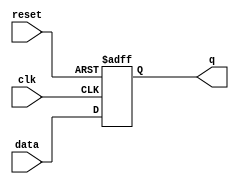
module dff_async_reset (
data  , // Data Input
clk    , // Clock Input
reset , // Reset input 
q         // Q output
);
//-----------Input Ports---------------
input data, clk, reset ; 

//-----------Output Ports---------------
output q;

//------------Internal Variables--------
reg q;

//-------------Code Starts Here---------
always @ ( posedge clk or negedge reset)
if (~reset) begin
  q <= 1'b0;
end  else begin
  q <= data;
end

endmodule //End Of Module dff_async_reset